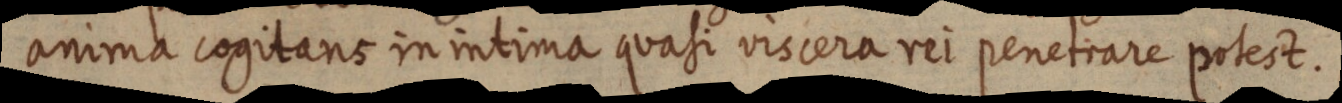
anima cogitans in intima quasi viscera rei penetrare potest.